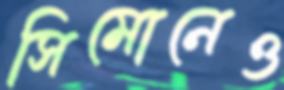
সিমোনেও